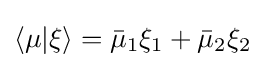
\langle \mu |\xi \rangle ={\bar {\mu }}_{1}\xi _{1}+{\bar {\mu }}_{2}\xi _{2}